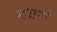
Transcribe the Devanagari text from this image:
सराणं